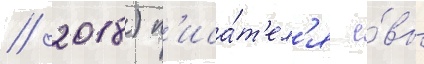
/ 2018) п'иса́т'ел'я е́вы